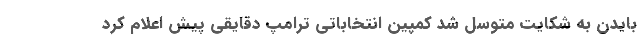
بایدن به شکایت متوسل شد کمپین انتخاباتی ترامپ دقایقی پیش اعلام کرد